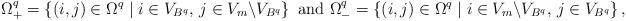
LaTeX: \begin{align*}\Omega^q_+ = \left\{ (i,j) \in \Omega^q \mid i \in V_{B^{q}}, \, j\in V_m \backslash V_{B^{q}}\right\}\mbox{ and } \Omega^q_- = \left\{ (i,j) \in \Omega^q \mid i \in V_m \backslash V_{B^{q}}, \, j\in V_{B^{q}}\right\},\end{align*}